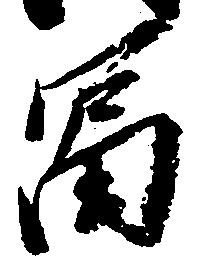
富